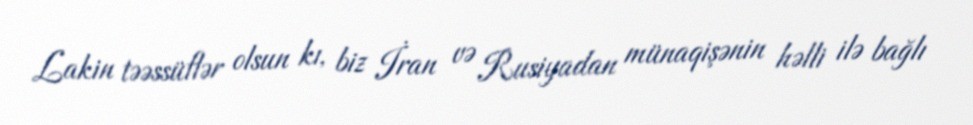
Lakin təəssüflər olsun kı, biz İran və Rusiyadan münaqişənin həlli ilə bağlı